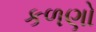
કળણો